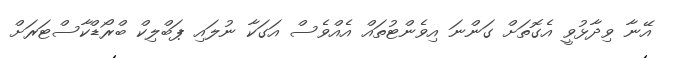
އޭނާ ވިދާޅުވީ އެގޮތަށް ގަންނަ އިވެންޓުތައް އެއްވެސް އަގަކާ ނުލައި ޕަބްލިކް ބްރޯޑްކާސްޓަރަށް